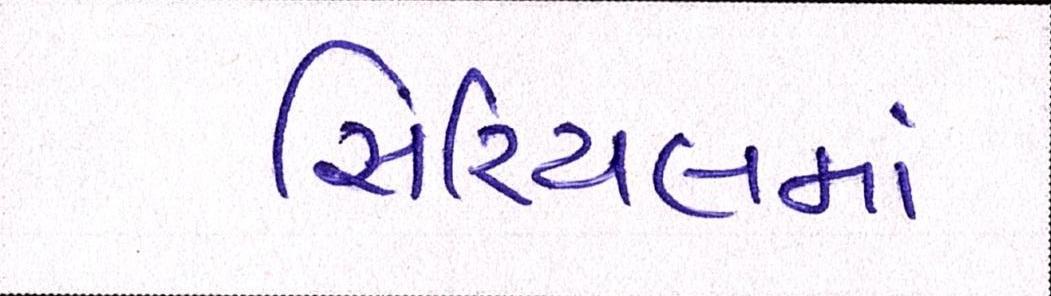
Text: સિરિયલમાં